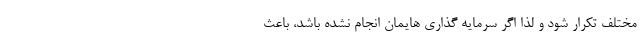
مختلف تکرار شود و لذا اگر سرمایه گذاری هایمان انجام نشده باشد، باعث